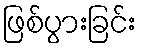
ဖြစ်ပွားခြင်း